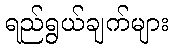
ရည်ရွယ်ချက်များ